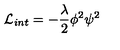
{ \cal L } _ { i n t } = - \frac { \lambda } { 2 } { \phi } ^ { 2 } { \psi } ^ { 2 }